Scottish Leaving Certificate Examination, 1956
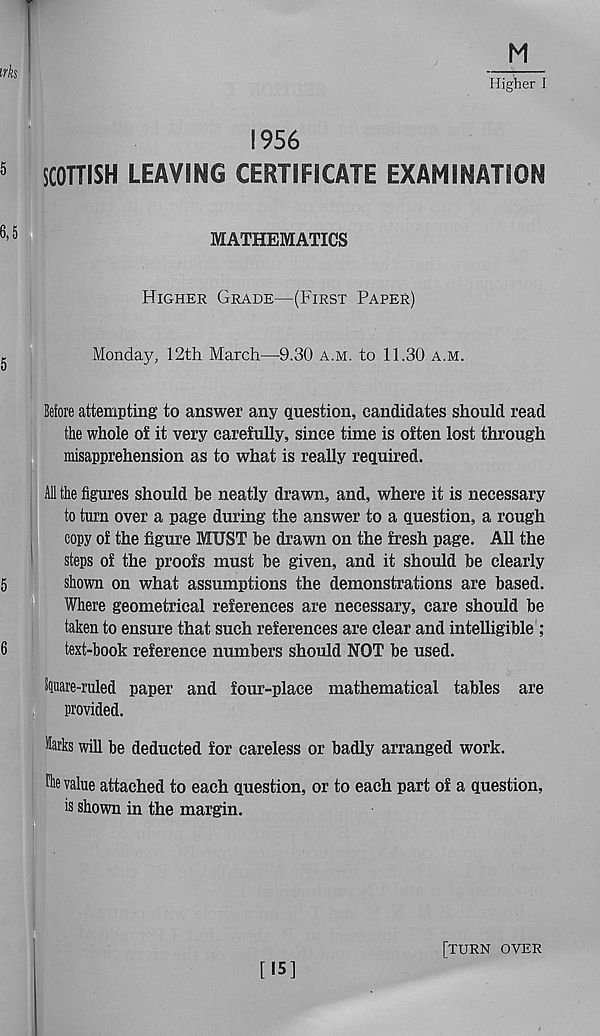
M
Higher I
1956
SCOTTISH LEAVING CERTIFICATE EXAMINATION
MATHEMATICS
Higher Grade—(First Paper)
Monday, 12th March—9.30 a.m. to 11.30 a.m.
Before attempting to answer any question, candidates should read
the whole of it very carefully, since time is often lost through
misapprehension as to what is really required.
All the figures should he neatly drawn, and, where it is necessary
to turn over a page during the answer to a question, a rough
copy of the figure MUST he drawn on the fresh page. All the
steps of the proofs must he given, and it should be clearly
shown on what assumptions the demonstrations are based.
Where geometrical references are necessary, care should be
taken to ensure that such references are clear and intelligible ;
text-book reference numbers should NOT be used.
iluare-ruled paper and four-place mathematical tables are
provided.
Marks will be deducted for careless or badly arranged work.
Hie value attached to each question, or to each part of a question,
is shown in the margin.
[15]
[turn over